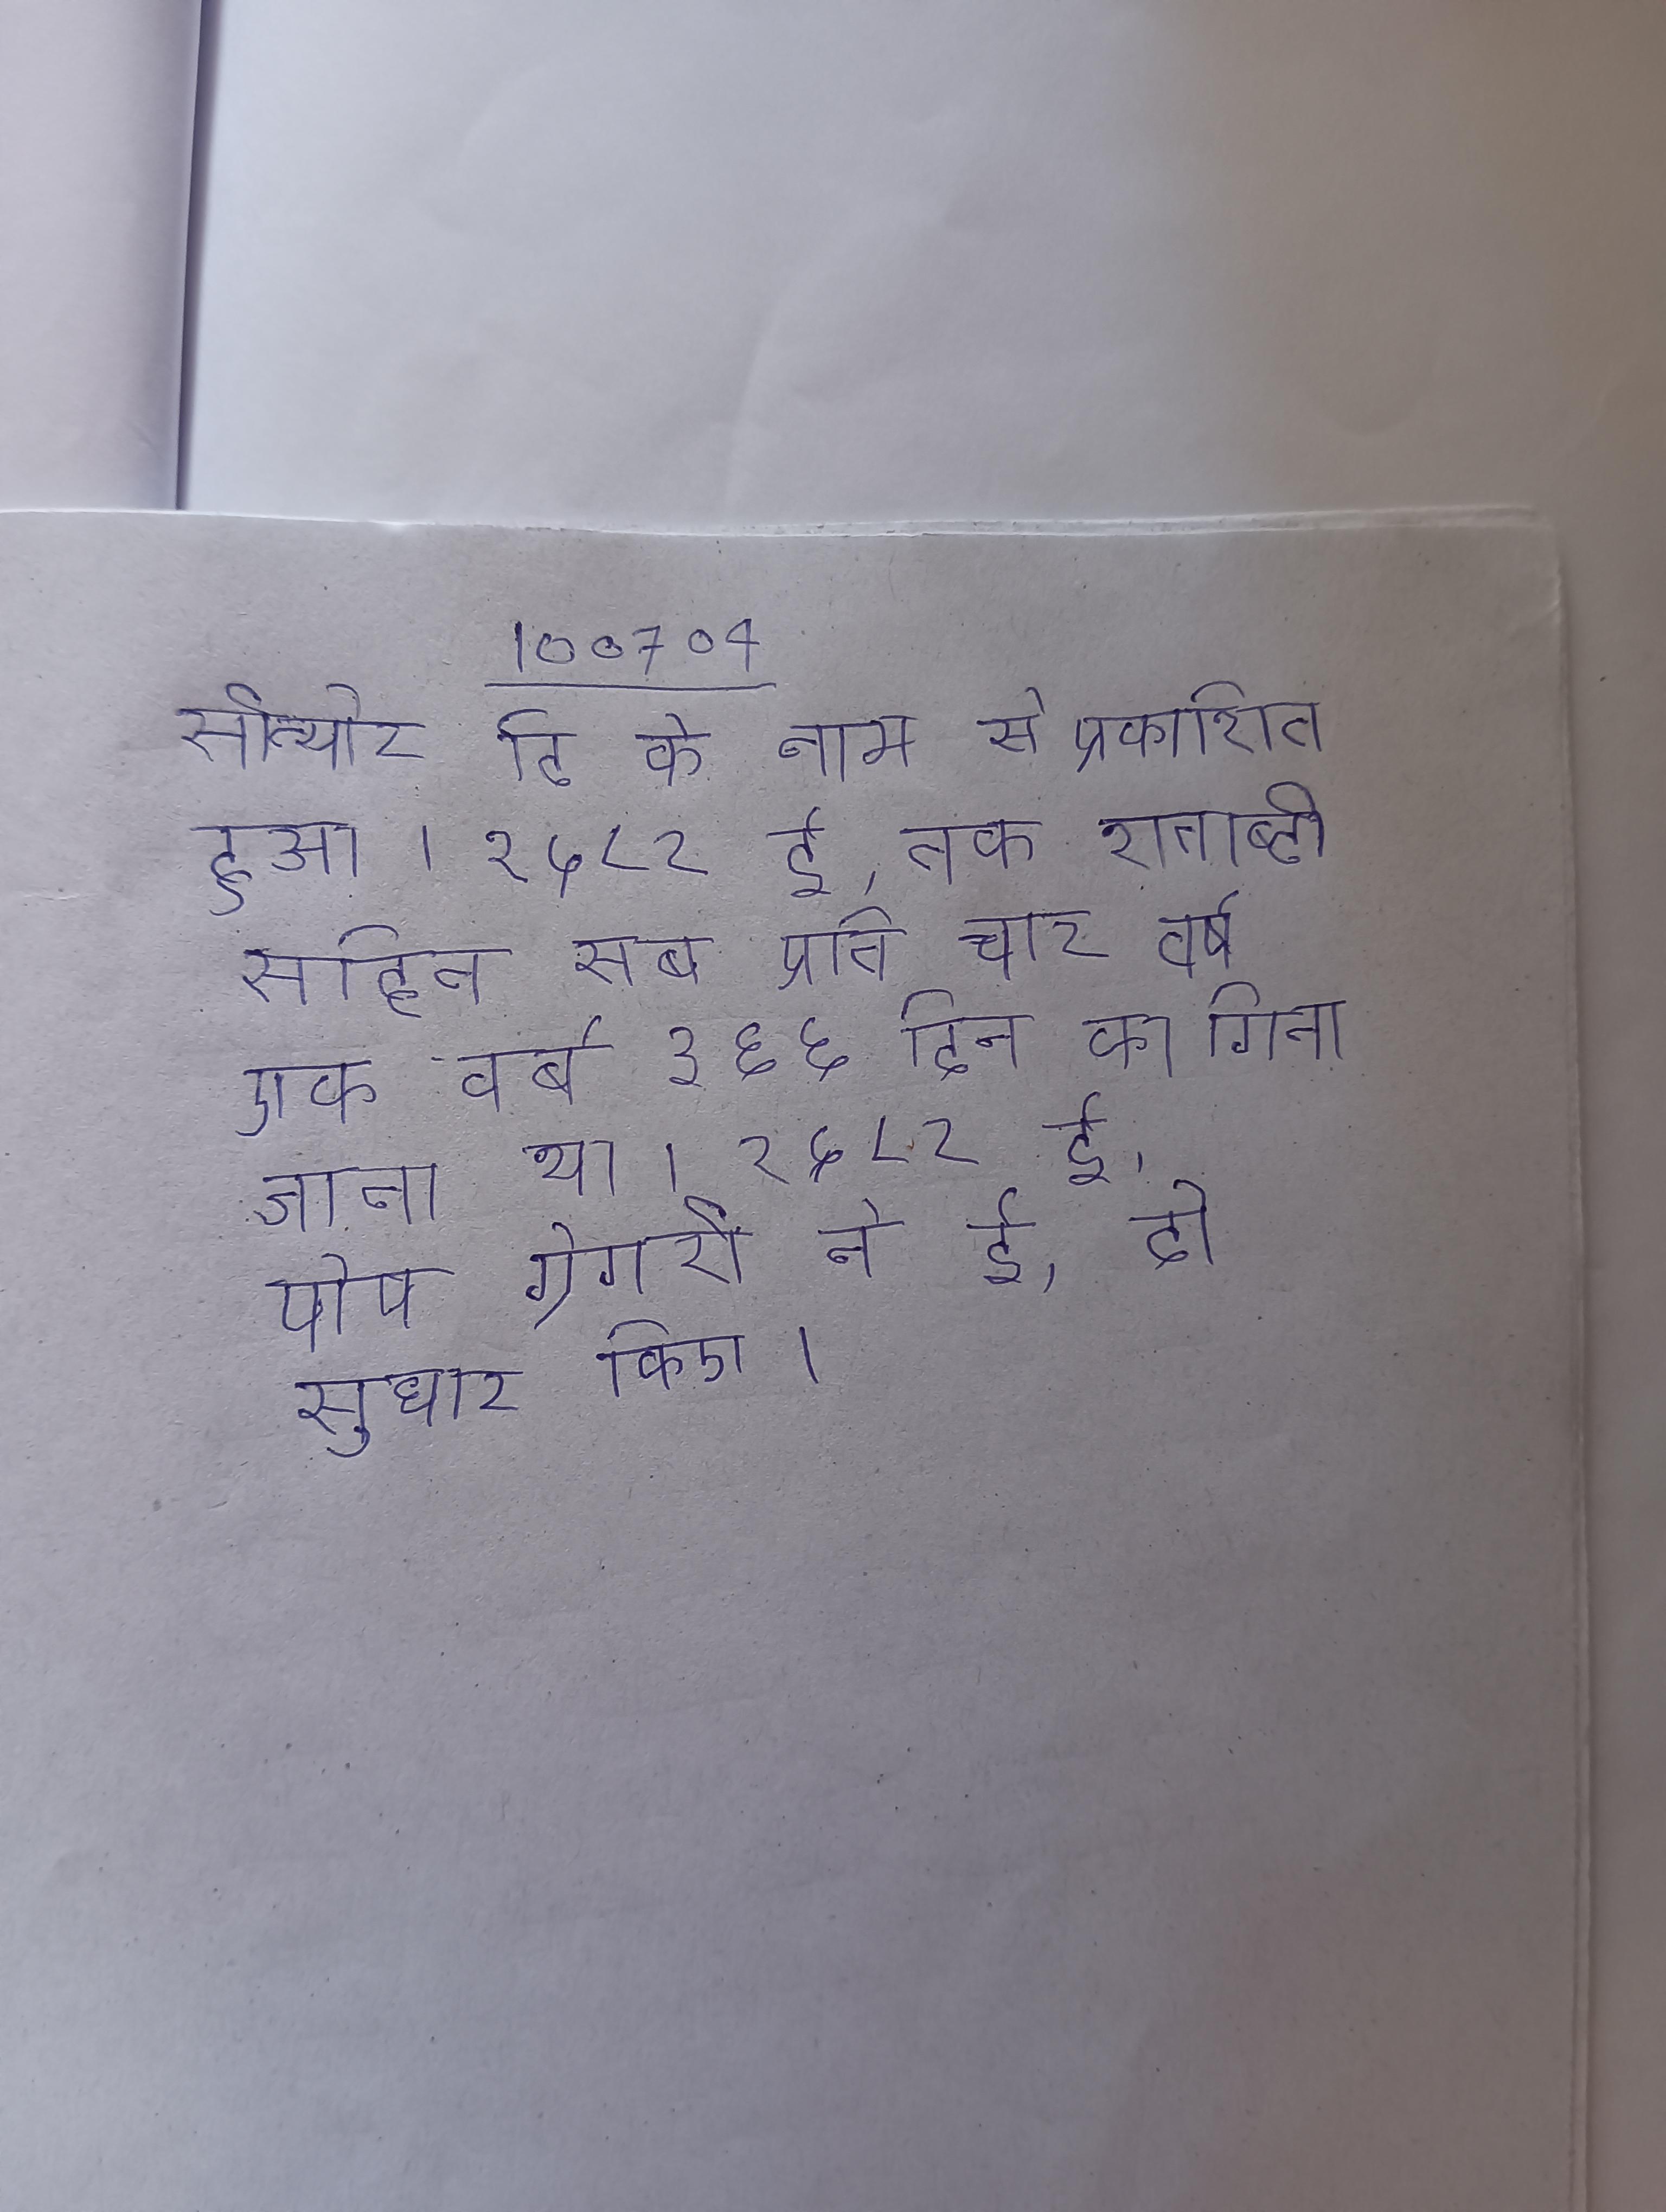
१५८० बोर्दो उसके का ऑव मेस्सीर माइकेल, सीन्योर दि के नाम से प्रकाशित हुआ । १५८२ ई. तक शताब्दी सहित सब प्रति चार वर्ष एक वर्ष ३६६ दिन का गिना जाता था । १५८२ ई. पोप ग्रेगरी ने ई. दो सुधार किए ।